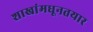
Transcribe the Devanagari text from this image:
शाखांमधूनतयार